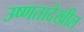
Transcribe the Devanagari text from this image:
उष्णतादेखील